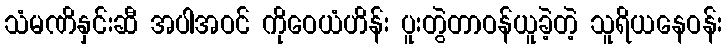
သံမဏိနှင်းဆီ အပါအဝင် ကိုဝေယံဟိန်း ပူးတွဲတာဝန်ယူခဲ့တဲ့ သူရိယနေဝန်း